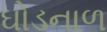
ઘોડનાળ